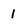
Character: 1